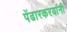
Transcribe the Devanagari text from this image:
पेंढारकरयांनी